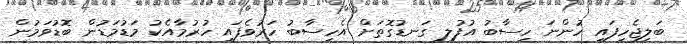
ބަލިޖެހިފައި ހުންނަ ހިސާބު އުފުލި ގަނޑުގޮތަށް އެހިސާބު ހަރުވެފައި ހުރުމާއެކު މަޑުމަޑުން ބޮޑުވަމުން